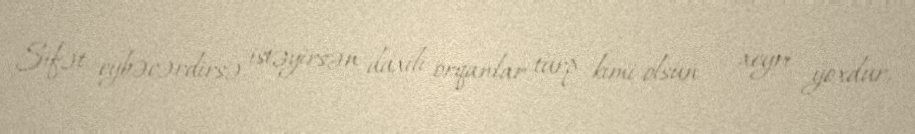
Sifət eybəcərdirsə, istəyirsən daxili orqanlar turp kimi olsun – xeyri yoxdur,